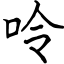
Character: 呤